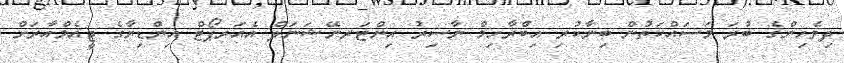
ދިވެހިންގެ ބުރަ މަސައްކަތުން ބިނާކުރި އިބްރާހިމް ނާސިރު އިންޓަރނޭޝަނަލް އެއަރޕޯޓް އިންޑިޔާގެ ޖީއެމްއާރަށް